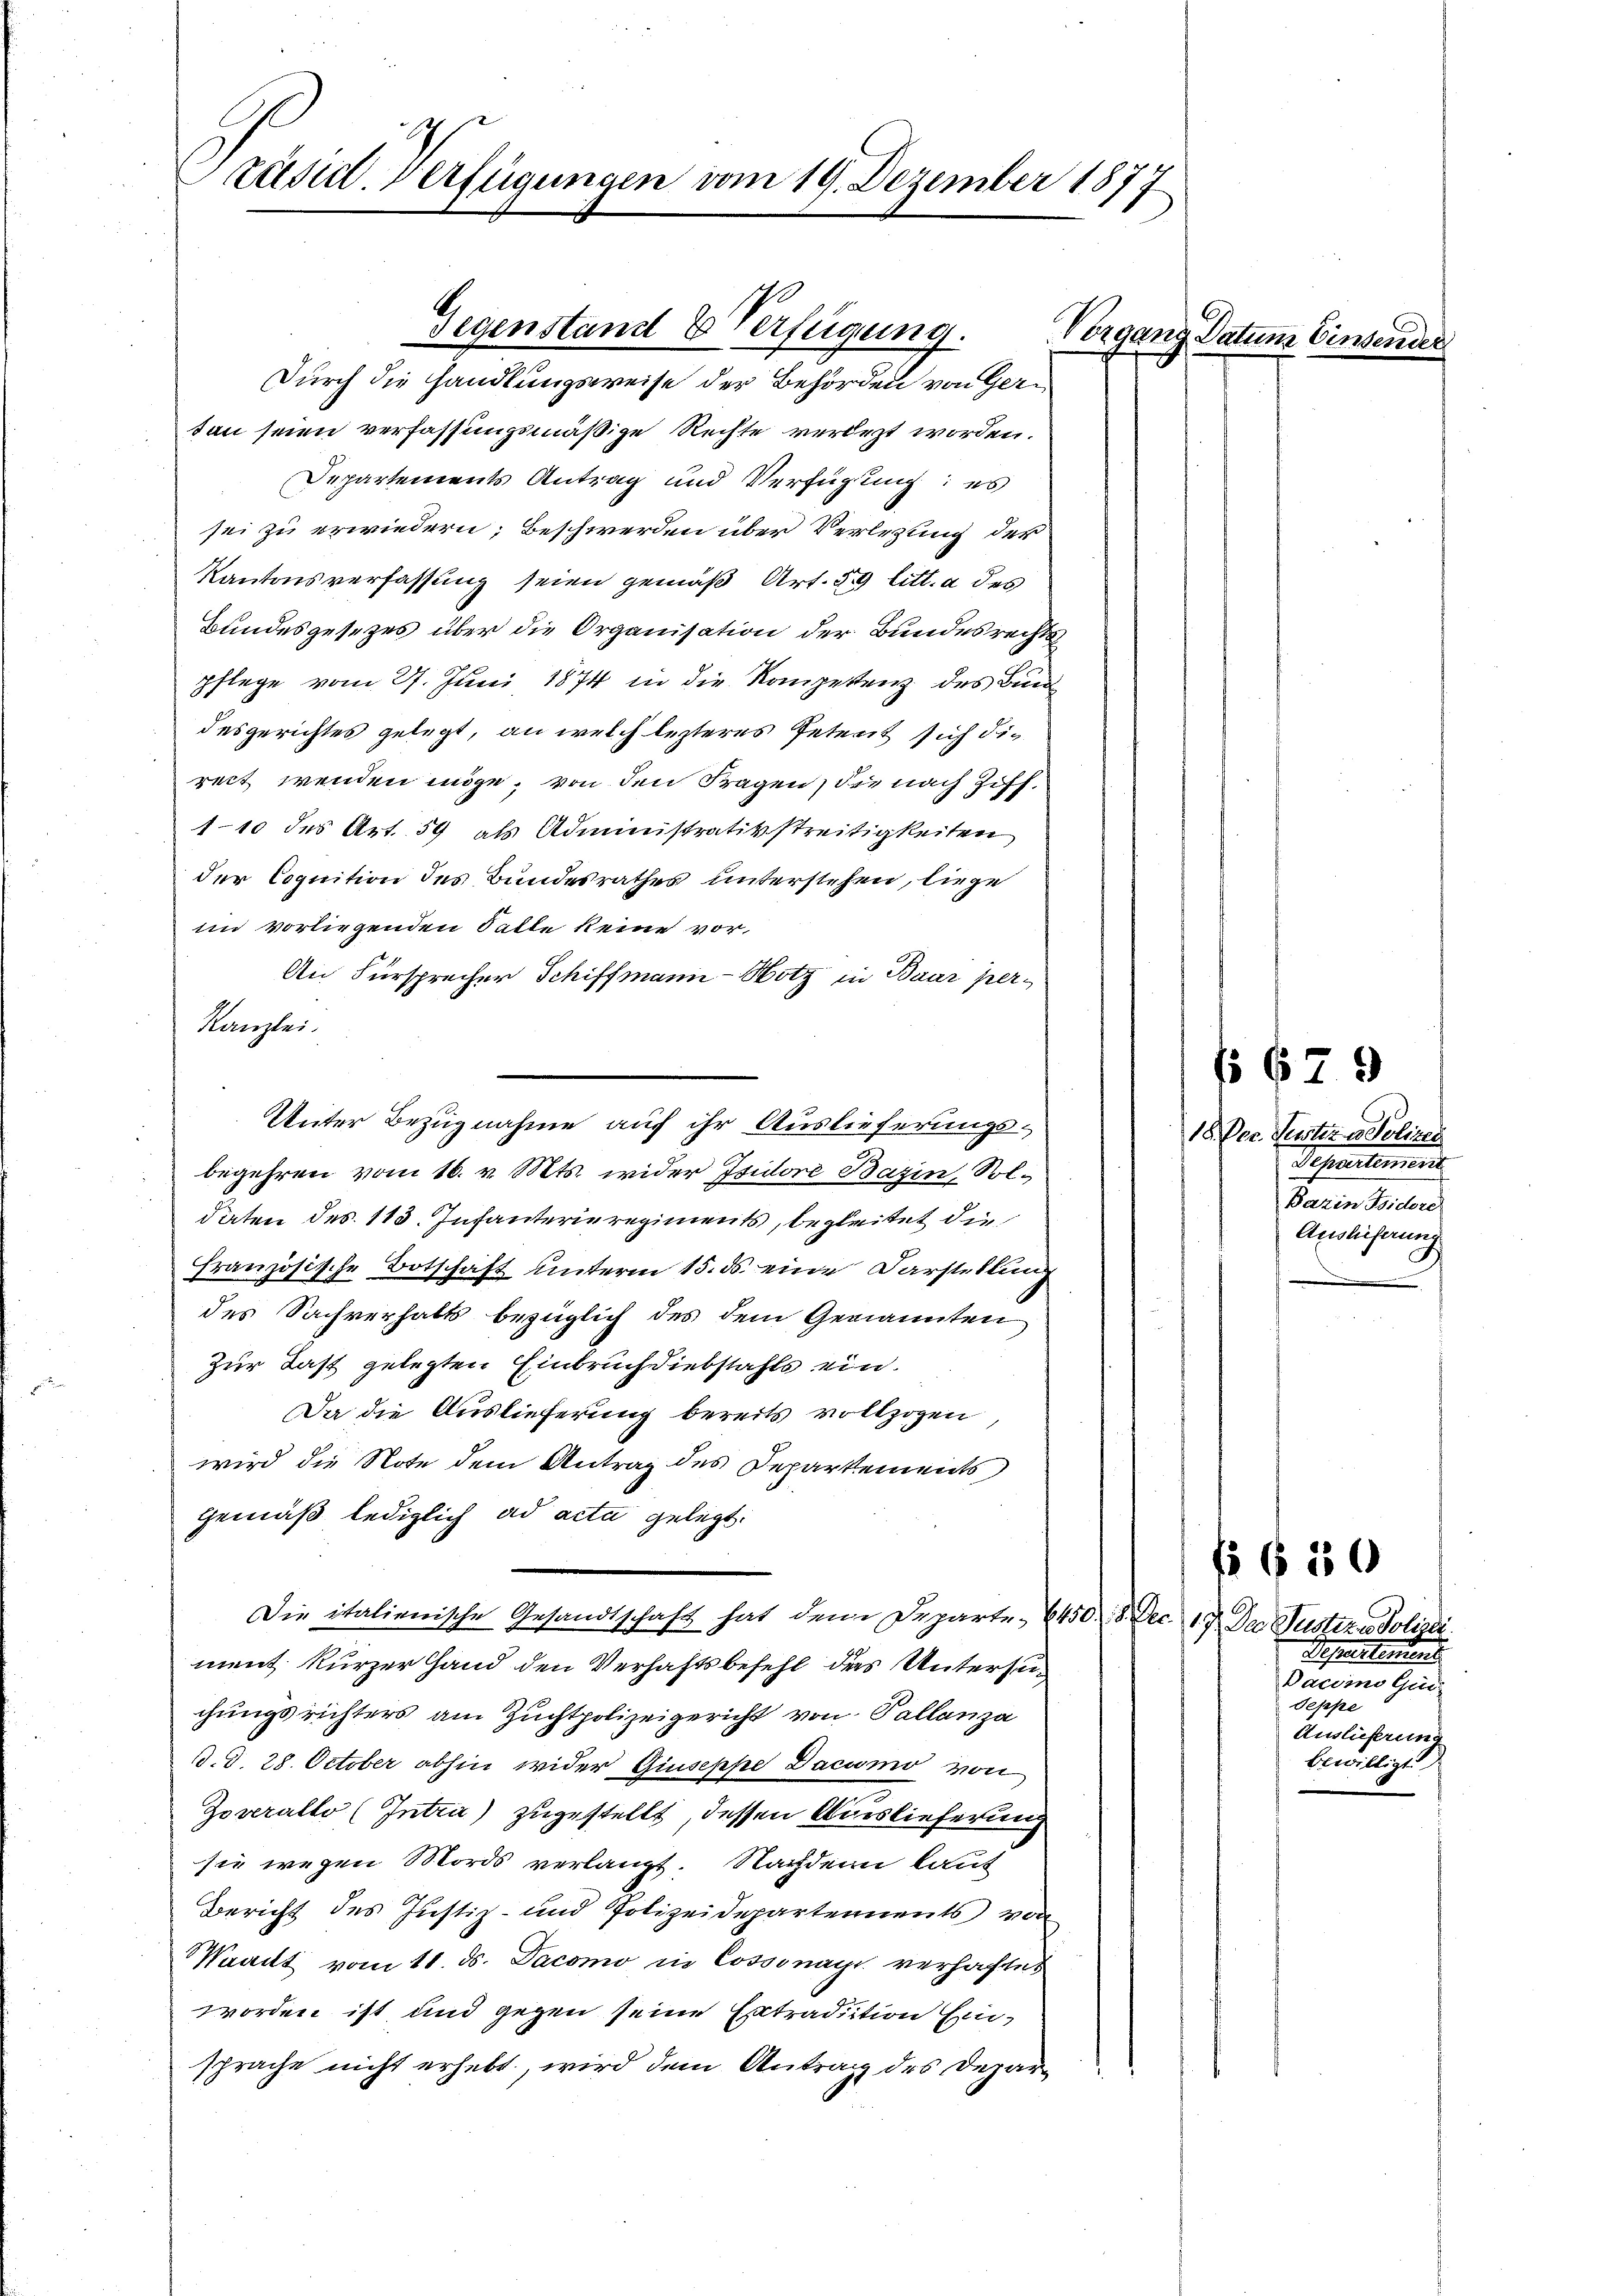
Präsid. Verfügungen vom 19. Dezember 1877

ton seien verfassungsmäßige Rechte verdezt worden.
Departements Antrag und Verfügung; es
sei zu erwiedern; Beschwerden über Verlesung des
Kantonsverfassung seien gemäß Art. 59 litt. a des
Bundesgesezes über die Organisation der Bundesrechtspflege vom 27. Juni 1874 in die Kompettenz des Bund
desgerichtes gelegt, an welch lezteres Petent sich die
rect wenden möge, von den Fragen, die nach Ziff.
1-10 des Art. 59 als Administrativstreitigkeiten
der Cognition des Bundesrathes unterstehen, liege
im vorliegenden Falle keine vor.
An Fürsprecher Schiffmann-Hotz in Baar per¬
Kanzlei.
begehren vom 16. v. Mts. wider Isidore Bazin, Soldaten des 113. Infanterie regiments, begleitet die
französische Botschaft unterm 15. ds. eine Darstellung
des Sachverhalts bezüglich des dem Genannten
Zur Last gelegten Einbruch diebstahls ein.
Da die Auslieferung bereits vollzogen,
wird die Note dem Antrag des Departements
Gemäß lediglich ad acta gelegt.
Die italienische Gesandtschaft hat dem Departe-64508.
ment kurzer Hand den Verhaftsbefehl des Untersuchungsrichters am Zuchtpolizeigericht von Pallanza
d. d. 28. October abhin wider Giuseppe Dacumo von
Zoverallo (Intra) zugestellt, dessen Auslieferunsie wegen Mords verlangt. Nachdem lauf
Bericht des Justiz- und Polizeidepartements von
Waadt vom 11. ds. Pacomo in Cossonay verhaftet
worden ist und gegen seine Extradition Einsprache nicht erhebt, wird dem Antrag des Depar¬

Unter Bezugnahme auf ihr Auslieferungs¬

Gegenstand & Verfügung.
Durch die handlungsweise der Behörden von Ger¬

Vorgang Datum Einsena

o 679
18. Der Geister in Polizei
Schreiten werd
Bazin Fidere
Auslieferung

Ao 17. Da Susterndolini
Separtement
Dacimo Gi
Seppe
Auslieferung
bewilligt.

f 650